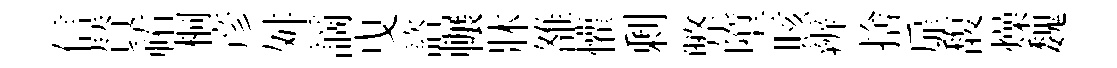
信賛祐桐彦舛謫曳諮輾牀雒懽剰弊墮賅辨捨扉馥燥魏